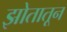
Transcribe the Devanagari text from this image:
झोतातून